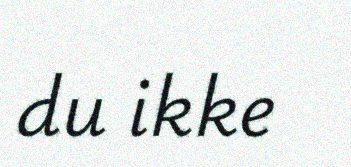
du ikke